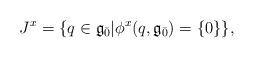
LaTeX: \begin{align*}J^{x}=\{q\in \mathfrak{g}_{\bar{0}}| \phi^{x}(q,\mathfrak{g}_{\bar{0}})=\{0\}\},\end{align*}